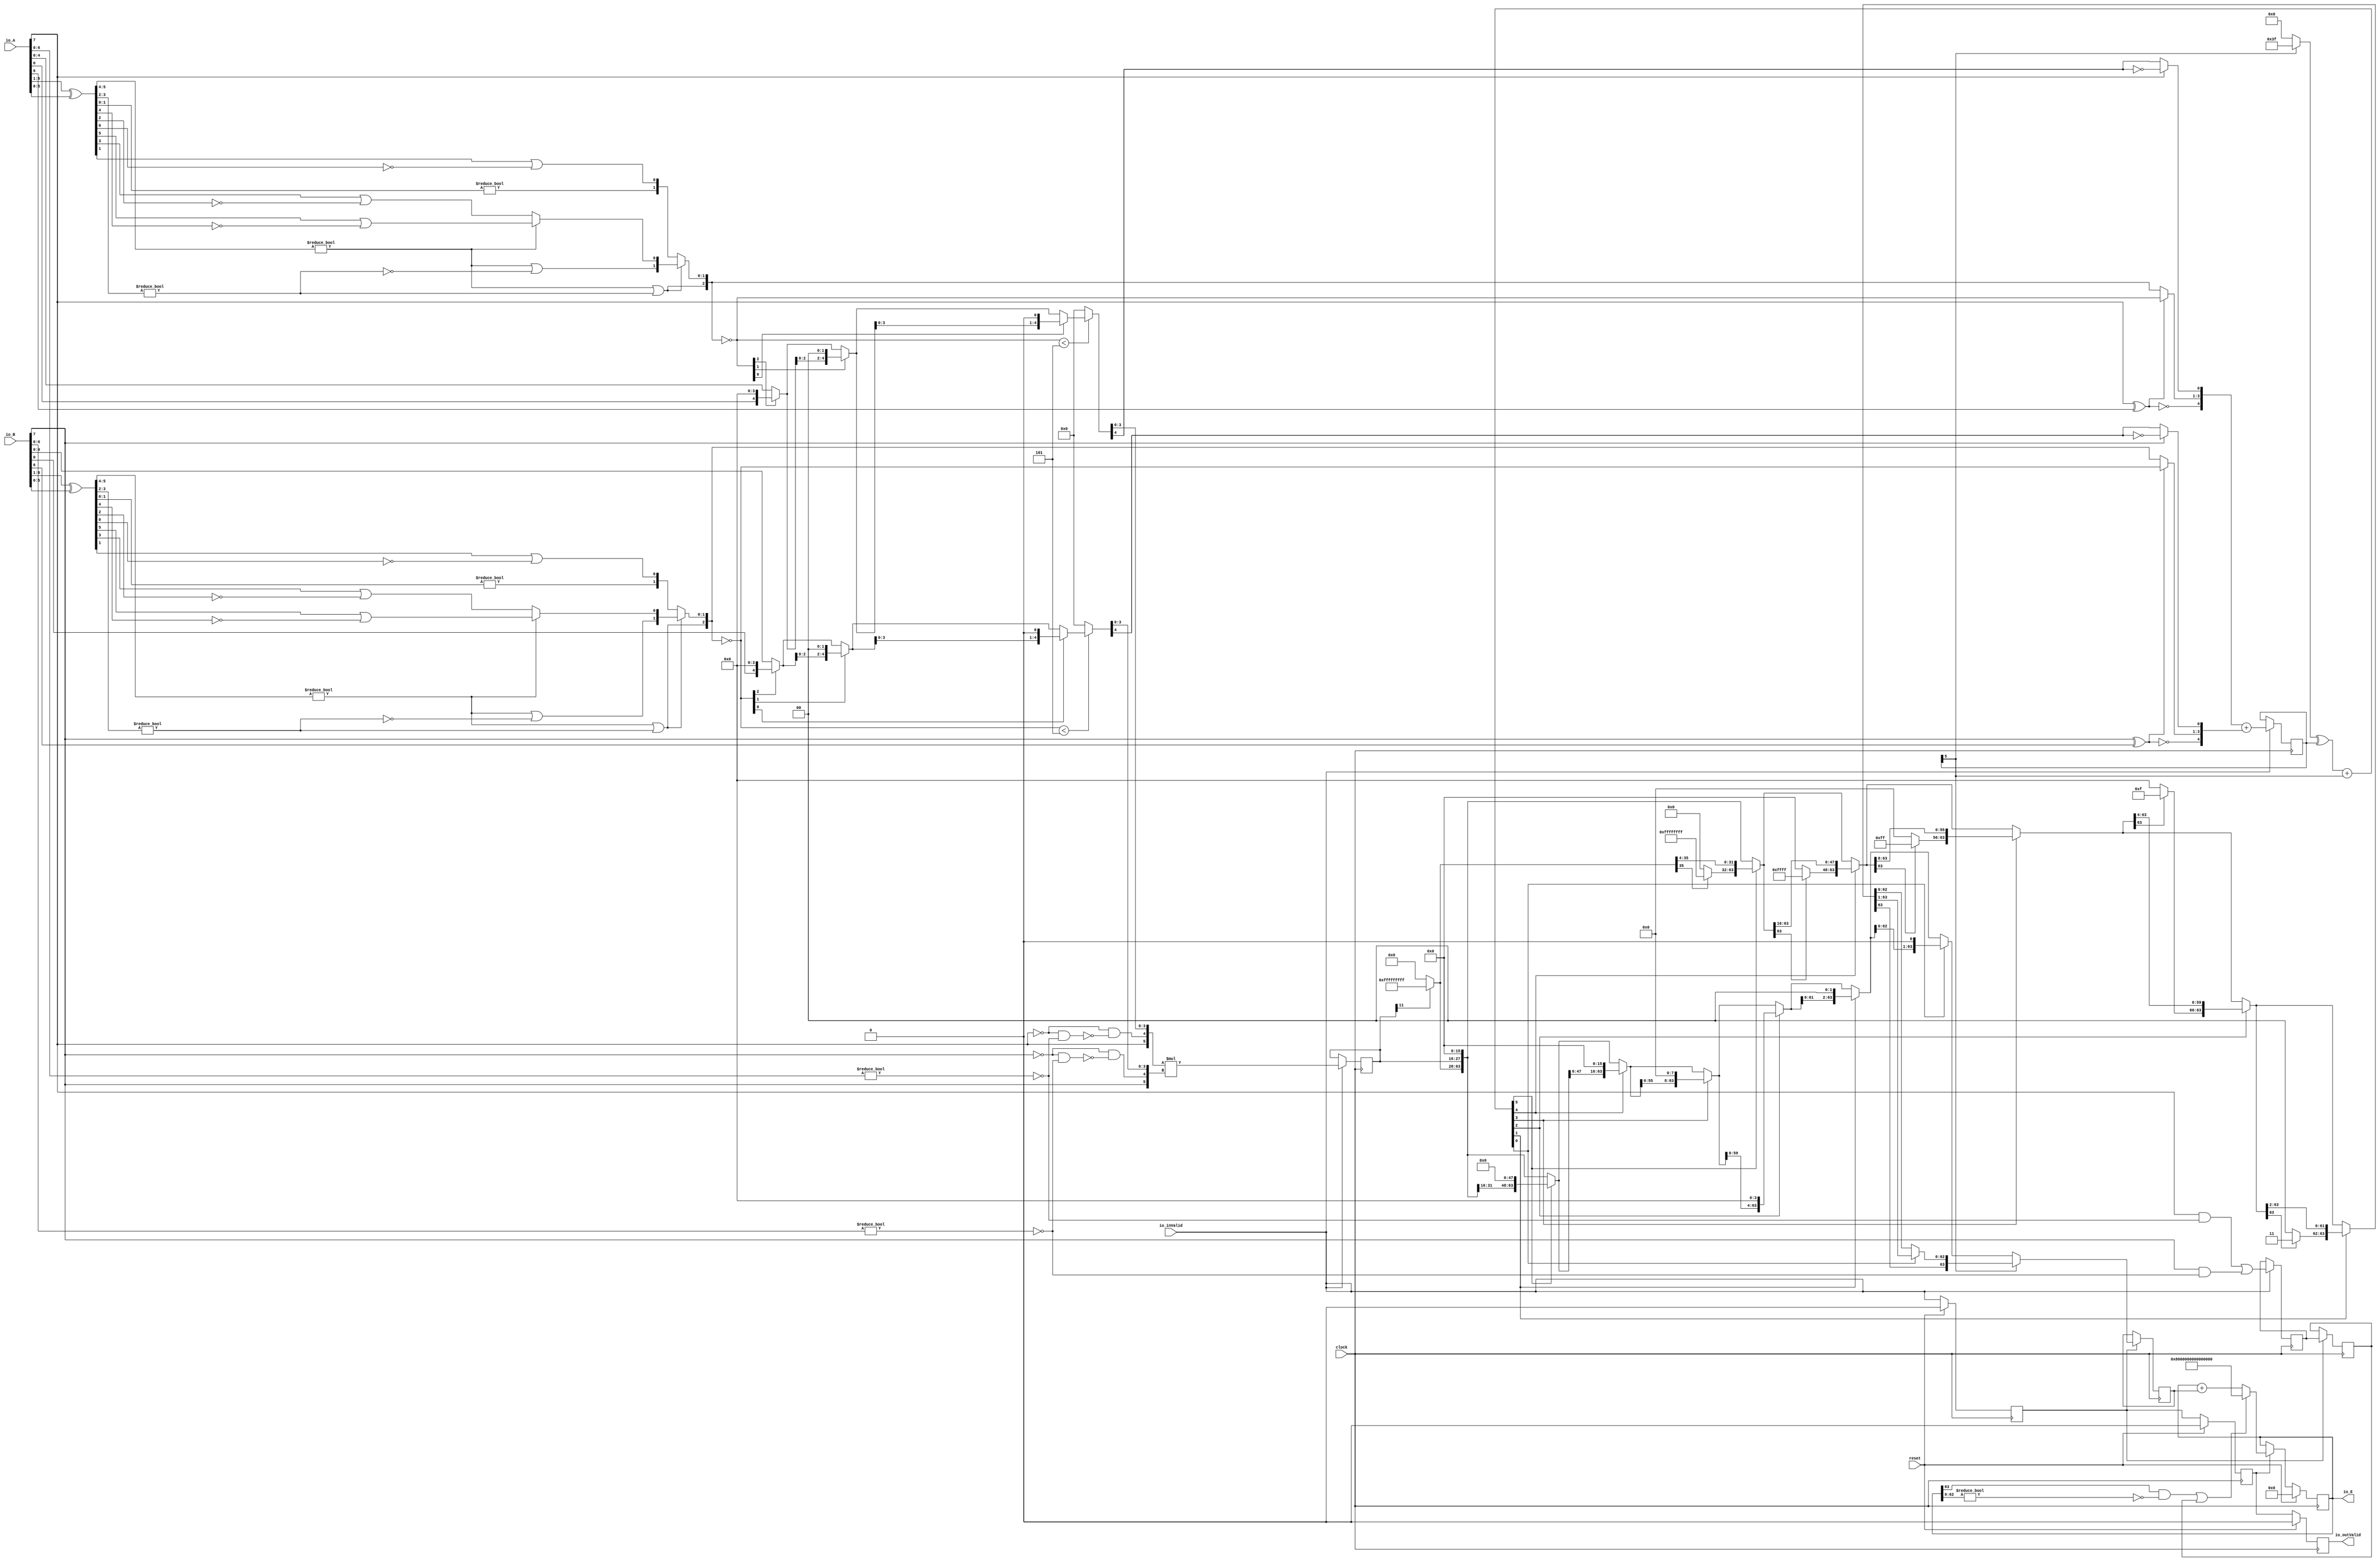
module PositEMA14_8_1(
  input         clock,
  input         reset,
  input         io_inValid,
  input  [7:0]  io_A,
  input  [7:0]  io_B,
  output [63:0] io_E,
  output        io_outValid
);
  wire  _T_1; // @[convert.scala 18:24]
  wire  _T_2; // @[convert.scala 18:40]
  wire  _T_3; // @[convert.scala 18:36]
  wire [5:0] _T_4; // @[convert.scala 19:24]
  wire [5:0] _T_5; // @[convert.scala 19:43]
  wire [5:0] _T_6; // @[convert.scala 19:39]
  wire [3:0] _T_7; // @[LZD.scala 43:32]
  wire [1:0] _T_8; // @[LZD.scala 43:32]
  wire  _T_9; // @[LZD.scala 39:14]
  wire  _T_10; // @[LZD.scala 39:21]
  wire  _T_11; // @[LZD.scala 39:30]
  wire  _T_12; // @[LZD.scala 39:27]
  wire  _T_13; // @[LZD.scala 39:25]
  wire [1:0] _T_14; // @[Cat.scala 29:58]
  wire [1:0] _T_15; // @[LZD.scala 44:32]
  wire  _T_16; // @[LZD.scala 39:14]
  wire  _T_17; // @[LZD.scala 39:21]
  wire  _T_18; // @[LZD.scala 39:30]
  wire  _T_19; // @[LZD.scala 39:27]
  wire  _T_20; // @[LZD.scala 39:25]
  wire [1:0] _T_21; // @[Cat.scala 29:58]
  wire  _T_22; // @[Shift.scala 12:21]
  wire  _T_23; // @[Shift.scala 12:21]
  wire  _T_24; // @[LZD.scala 49:16]
  wire  _T_25; // @[LZD.scala 49:27]
  wire  _T_26; // @[LZD.scala 49:25]
  wire  _T_27; // @[LZD.scala 49:47]
  wire  _T_28; // @[LZD.scala 49:59]
  wire  _T_29; // @[LZD.scala 49:35]
  wire [2:0] _T_31; // @[Cat.scala 29:58]
  wire [1:0] _T_32; // @[LZD.scala 44:32]
  wire  _T_33; // @[LZD.scala 39:14]
  wire  _T_34; // @[LZD.scala 39:21]
  wire  _T_35; // @[LZD.scala 39:30]
  wire  _T_36; // @[LZD.scala 39:27]
  wire  _T_37; // @[LZD.scala 39:25]
  wire [1:0] _T_38; // @[Cat.scala 29:58]
  wire  _T_39; // @[Shift.scala 12:21]
  wire [1:0] _T_41; // @[LZD.scala 55:32]
  wire [1:0] _T_42; // @[LZD.scala 55:20]
  wire [2:0] _T_43; // @[Cat.scala 29:58]
  wire [2:0] _T_44; // @[convert.scala 21:22]
  wire [4:0] _T_45; // @[convert.scala 22:36]
  wire  _T_46; // @[Shift.scala 16:24]
  wire  _T_48; // @[Shift.scala 12:21]
  wire  _T_49; // @[Shift.scala 64:52]
  wire [4:0] _T_51; // @[Cat.scala 29:58]
  wire [4:0] _T_52; // @[Shift.scala 64:27]
  wire [1:0] _T_53; // @[Shift.scala 66:70]
  wire  _T_54; // @[Shift.scala 12:21]
  wire [2:0] _T_55; // @[Shift.scala 64:52]
  wire [4:0] _T_57; // @[Cat.scala 29:58]
  wire [4:0] _T_58; // @[Shift.scala 64:27]
  wire  _T_59; // @[Shift.scala 66:70]
  wire [3:0] _T_61; // @[Shift.scala 64:52]
  wire [4:0] _T_62; // @[Cat.scala 29:58]
  wire [4:0] _T_63; // @[Shift.scala 64:27]
  wire [4:0] _T_64; // @[Shift.scala 16:10]
  wire  _T_65; // @[convert.scala 23:34]
  wire [3:0] decA_fraction; // @[convert.scala 24:34]
  wire  _T_67; // @[convert.scala 25:26]
  wire [2:0] _T_69; // @[convert.scala 25:42]
  wire  _T_72; // @[convert.scala 26:67]
  wire  _T_73; // @[convert.scala 26:51]
  wire [4:0] _T_74; // @[Cat.scala 29:58]
  wire [6:0] _T_76; // @[convert.scala 29:56]
  wire  _T_77; // @[convert.scala 29:60]
  wire  _T_78; // @[convert.scala 29:41]
  wire  decA_isNaR; // @[convert.scala 29:39]
  wire  _T_81; // @[convert.scala 30:19]
  wire  decA_isZero; // @[convert.scala 30:41]
  wire [4:0] decA_scale; // @[convert.scala 32:24]
  wire  _T_90; // @[convert.scala 18:24]
  wire  _T_91; // @[convert.scala 18:40]
  wire  _T_92; // @[convert.scala 18:36]
  wire [5:0] _T_93; // @[convert.scala 19:24]
  wire [5:0] _T_94; // @[convert.scala 19:43]
  wire [5:0] _T_95; // @[convert.scala 19:39]
  wire [3:0] _T_96; // @[LZD.scala 43:32]
  wire [1:0] _T_97; // @[LZD.scala 43:32]
  wire  _T_98; // @[LZD.scala 39:14]
  wire  _T_99; // @[LZD.scala 39:21]
  wire  _T_100; // @[LZD.scala 39:30]
  wire  _T_101; // @[LZD.scala 39:27]
  wire  _T_102; // @[LZD.scala 39:25]
  wire [1:0] _T_103; // @[Cat.scala 29:58]
  wire [1:0] _T_104; // @[LZD.scala 44:32]
  wire  _T_105; // @[LZD.scala 39:14]
  wire  _T_106; // @[LZD.scala 39:21]
  wire  _T_107; // @[LZD.scala 39:30]
  wire  _T_108; // @[LZD.scala 39:27]
  wire  _T_109; // @[LZD.scala 39:25]
  wire [1:0] _T_110; // @[Cat.scala 29:58]
  wire  _T_111; // @[Shift.scala 12:21]
  wire  _T_112; // @[Shift.scala 12:21]
  wire  _T_113; // @[LZD.scala 49:16]
  wire  _T_114; // @[LZD.scala 49:27]
  wire  _T_115; // @[LZD.scala 49:25]
  wire  _T_116; // @[LZD.scala 49:47]
  wire  _T_117; // @[LZD.scala 49:59]
  wire  _T_118; // @[LZD.scala 49:35]
  wire [2:0] _T_120; // @[Cat.scala 29:58]
  wire [1:0] _T_121; // @[LZD.scala 44:32]
  wire  _T_122; // @[LZD.scala 39:14]
  wire  _T_123; // @[LZD.scala 39:21]
  wire  _T_124; // @[LZD.scala 39:30]
  wire  _T_125; // @[LZD.scala 39:27]
  wire  _T_126; // @[LZD.scala 39:25]
  wire [1:0] _T_127; // @[Cat.scala 29:58]
  wire  _T_128; // @[Shift.scala 12:21]
  wire [1:0] _T_130; // @[LZD.scala 55:32]
  wire [1:0] _T_131; // @[LZD.scala 55:20]
  wire [2:0] _T_132; // @[Cat.scala 29:58]
  wire [2:0] _T_133; // @[convert.scala 21:22]
  wire [4:0] _T_134; // @[convert.scala 22:36]
  wire  _T_135; // @[Shift.scala 16:24]
  wire  _T_137; // @[Shift.scala 12:21]
  wire  _T_138; // @[Shift.scala 64:52]
  wire [4:0] _T_140; // @[Cat.scala 29:58]
  wire [4:0] _T_141; // @[Shift.scala 64:27]
  wire [1:0] _T_142; // @[Shift.scala 66:70]
  wire  _T_143; // @[Shift.scala 12:21]
  wire [2:0] _T_144; // @[Shift.scala 64:52]
  wire [4:0] _T_146; // @[Cat.scala 29:58]
  wire [4:0] _T_147; // @[Shift.scala 64:27]
  wire  _T_148; // @[Shift.scala 66:70]
  wire [3:0] _T_150; // @[Shift.scala 64:52]
  wire [4:0] _T_151; // @[Cat.scala 29:58]
  wire [4:0] _T_152; // @[Shift.scala 64:27]
  wire [4:0] _T_153; // @[Shift.scala 16:10]
  wire  _T_154; // @[convert.scala 23:34]
  wire [3:0] decB_fraction; // @[convert.scala 24:34]
  wire  _T_156; // @[convert.scala 25:26]
  wire [2:0] _T_158; // @[convert.scala 25:42]
  wire  _T_161; // @[convert.scala 26:67]
  wire  _T_162; // @[convert.scala 26:51]
  wire [4:0] _T_163; // @[Cat.scala 29:58]
  wire [6:0] _T_165; // @[convert.scala 29:56]
  wire  _T_166; // @[convert.scala 29:60]
  wire  _T_167; // @[convert.scala 29:41]
  wire  decB_isNaR; // @[convert.scala 29:39]
  wire  _T_170; // @[convert.scala 30:19]
  wire  decB_isZero; // @[convert.scala 30:41]
  wire [4:0] decB_scale; // @[convert.scala 32:24]
  wire  outIsNaR; // @[PositEMA.scala 53:29]
  wire [5:0] mulScale; // @[PositEMA.scala 54:35]
  wire  _T_178; // @[PositEMA.scala 55:33]
  wire  _T_179; // @[PositEMA.scala 55:46]
  wire  _T_180; // @[PositEMA.scala 55:44]
  wire [5:0] _T_182; // @[Cat.scala 29:58]
  wire [5:0] sigA; // @[PositEMA.scala 55:75]
  wire  _T_183; // @[PositEMA.scala 56:33]
  wire  _T_184; // @[PositEMA.scala 56:46]
  wire  _T_185; // @[PositEMA.scala 56:44]
  wire [5:0] _T_187; // @[Cat.scala 29:58]
  wire [5:0] sigB; // @[PositEMA.scala 56:75]
  wire [11:0] _T_188; // @[PositEMA.scala 57:24]
  wire [11:0] sigP; // @[PositEMA.scala 57:32]
  reg  inValid_phase2; // @[Valid.scala 117:22]
  reg [31:0] _RAND_0;
  reg  outIsNaR_phase2; // @[Reg.scala 15:16]
  reg [31:0] _RAND_1;
  reg [11:0] mulSig_phase2; // @[Reg.scala 15:16]
  reg [31:0] _RAND_2;
  reg [5:0] mulScale_phase2; // @[Reg.scala 15:16]
  reg [31:0] _RAND_3;
  wire  _T_201; // @[Abs.scala 10:21]
  wire [5:0] _T_203; // @[Bitwise.scala 71:12]
  wire [5:0] _T_204; // @[Abs.scala 10:31]
  wire [5:0] _T_205; // @[Abs.scala 10:26]
  wire [5:0] _GEN_10; // @[Abs.scala 10:39]
  wire [5:0] absScale; // @[Abs.scala 10:39]
  wire  _T_208; // @[PositEMA.scala 77:65]
  wire [35:0] _T_210; // @[Bitwise.scala 71:12]
  wire [63:0] extSig; // @[Cat.scala 29:58]
  wire  _T_215; // @[Shift.scala 12:21]
  wire [31:0] _T_216; // @[Shift.scala 64:52]
  wire [63:0] _T_218; // @[Cat.scala 29:58]
  wire [63:0] _T_219; // @[Shift.scala 64:27]
  wire [4:0] _T_220; // @[Shift.scala 66:70]
  wire  _T_221; // @[Shift.scala 12:21]
  wire [47:0] _T_222; // @[Shift.scala 64:52]
  wire [63:0] _T_224; // @[Cat.scala 29:58]
  wire [63:0] _T_225; // @[Shift.scala 64:27]
  wire [3:0] _T_226; // @[Shift.scala 66:70]
  wire  _T_227; // @[Shift.scala 12:21]
  wire [55:0] _T_228; // @[Shift.scala 64:52]
  wire [63:0] _T_230; // @[Cat.scala 29:58]
  wire [63:0] _T_231; // @[Shift.scala 64:27]
  wire [2:0] _T_232; // @[Shift.scala 66:70]
  wire  _T_233; // @[Shift.scala 12:21]
  wire [59:0] _T_234; // @[Shift.scala 64:52]
  wire [63:0] _T_236; // @[Cat.scala 29:58]
  wire [63:0] _T_237; // @[Shift.scala 64:27]
  wire [1:0] _T_238; // @[Shift.scala 66:70]
  wire  _T_239; // @[Shift.scala 12:21]
  wire [61:0] _T_240; // @[Shift.scala 64:52]
  wire [63:0] _T_242; // @[Cat.scala 29:58]
  wire [63:0] _T_243; // @[Shift.scala 64:27]
  wire  _T_244; // @[Shift.scala 66:70]
  wire [62:0] _T_246; // @[Shift.scala 64:52]
  wire [63:0] _T_247; // @[Cat.scala 29:58]
  wire  _T_252; // @[Shift.scala 12:21]
  wire [31:0] _T_254; // @[Bitwise.scala 71:12]
  wire [31:0] _T_255; // @[Shift.scala 83:71]
  wire [63:0] _T_256; // @[Cat.scala 29:58]
  wire [63:0] _T_257; // @[Shift.scala 83:22]
  wire  _T_260; // @[Shift.scala 12:21]
  wire [15:0] _T_262; // @[Bitwise.scala 71:12]
  wire [47:0] _T_263; // @[Shift.scala 83:71]
  wire [63:0] _T_264; // @[Cat.scala 29:58]
  wire [63:0] _T_265; // @[Shift.scala 83:22]
  wire  _T_268; // @[Shift.scala 12:21]
  wire [7:0] _T_270; // @[Bitwise.scala 71:12]
  wire [55:0] _T_271; // @[Shift.scala 83:71]
  wire [63:0] _T_272; // @[Cat.scala 29:58]
  wire [63:0] _T_273; // @[Shift.scala 83:22]
  wire  _T_276; // @[Shift.scala 12:21]
  wire [3:0] _T_278; // @[Bitwise.scala 71:12]
  wire [59:0] _T_279; // @[Shift.scala 83:71]
  wire [63:0] _T_280; // @[Cat.scala 29:58]
  wire [63:0] _T_281; // @[Shift.scala 83:22]
  wire  _T_284; // @[Shift.scala 12:21]
  wire [1:0] _T_286; // @[Bitwise.scala 71:12]
  wire [61:0] _T_287; // @[Shift.scala 83:71]
  wire [63:0] _T_288; // @[Cat.scala 29:58]
  wire [63:0] _T_289; // @[Shift.scala 83:22]
  wire  _T_292; // @[Shift.scala 12:21]
  wire [62:0] _T_293; // @[Shift.scala 83:71]
  wire [63:0] _T_294; // @[Cat.scala 29:58]
  reg  inValid_phase3; // @[Valid.scala 117:22]
  reg [31:0] _RAND_4;
  reg  outIsNaR_phase3; // @[Reg.scala 15:16]
  reg [31:0] _RAND_5;
  reg [63:0] shiftSig_phase3; // @[Reg.scala 15:16]
  reg [63:0] _RAND_6;
  reg [63:0] quireReg; // @[PositEMA.scala 104:27]
  reg [63:0] _RAND_7;
  wire  _T_310; // @[PositEMA.scala 105:40]
  wire [62:0] _T_311; // @[PositEMA.scala 105:60]
  wire  _T_312; // @[PositEMA.scala 105:64]
  wire  _T_313; // @[PositEMA.scala 105:46]
  wire  quireIsNaR; // @[PositEMA.scala 105:44]
  wire  _T_315; // @[PositEMA.scala 108:33]
  wire [63:0] _T_318; // @[PositEMA.scala 111:46]
  reg  _T_319; // @[Valid.scala 117:22]
  reg [31:0] _RAND_8;
  assign _T_1 = io_A[7]; // @[convert.scala 18:24]
  assign _T_2 = io_A[6]; // @[convert.scala 18:40]
  assign _T_3 = _T_1 ^ _T_2; // @[convert.scala 18:36]
  assign _T_4 = io_A[6:1]; // @[convert.scala 19:24]
  assign _T_5 = io_A[5:0]; // @[convert.scala 19:43]
  assign _T_6 = _T_4 ^ _T_5; // @[convert.scala 19:39]
  assign _T_7 = _T_6[5:2]; // @[LZD.scala 43:32]
  assign _T_8 = _T_7[3:2]; // @[LZD.scala 43:32]
  assign _T_9 = _T_8 != 2'h0; // @[LZD.scala 39:14]
  assign _T_10 = _T_8[1]; // @[LZD.scala 39:21]
  assign _T_11 = _T_8[0]; // @[LZD.scala 39:30]
  assign _T_12 = ~ _T_11; // @[LZD.scala 39:27]
  assign _T_13 = _T_10 | _T_12; // @[LZD.scala 39:25]
  assign _T_14 = {_T_9,_T_13}; // @[Cat.scala 29:58]
  assign _T_15 = _T_7[1:0]; // @[LZD.scala 44:32]
  assign _T_16 = _T_15 != 2'h0; // @[LZD.scala 39:14]
  assign _T_17 = _T_15[1]; // @[LZD.scala 39:21]
  assign _T_18 = _T_15[0]; // @[LZD.scala 39:30]
  assign _T_19 = ~ _T_18; // @[LZD.scala 39:27]
  assign _T_20 = _T_17 | _T_19; // @[LZD.scala 39:25]
  assign _T_21 = {_T_16,_T_20}; // @[Cat.scala 29:58]
  assign _T_22 = _T_14[1]; // @[Shift.scala 12:21]
  assign _T_23 = _T_21[1]; // @[Shift.scala 12:21]
  assign _T_24 = _T_22 | _T_23; // @[LZD.scala 49:16]
  assign _T_25 = ~ _T_23; // @[LZD.scala 49:27]
  assign _T_26 = _T_22 | _T_25; // @[LZD.scala 49:25]
  assign _T_27 = _T_14[0:0]; // @[LZD.scala 49:47]
  assign _T_28 = _T_21[0:0]; // @[LZD.scala 49:59]
  assign _T_29 = _T_22 ? _T_27 : _T_28; // @[LZD.scala 49:35]
  assign _T_31 = {_T_24,_T_26,_T_29}; // @[Cat.scala 29:58]
  assign _T_32 = _T_6[1:0]; // @[LZD.scala 44:32]
  assign _T_33 = _T_32 != 2'h0; // @[LZD.scala 39:14]
  assign _T_34 = _T_32[1]; // @[LZD.scala 39:21]
  assign _T_35 = _T_32[0]; // @[LZD.scala 39:30]
  assign _T_36 = ~ _T_35; // @[LZD.scala 39:27]
  assign _T_37 = _T_34 | _T_36; // @[LZD.scala 39:25]
  assign _T_38 = {_T_33,_T_37}; // @[Cat.scala 29:58]
  assign _T_39 = _T_31[2]; // @[Shift.scala 12:21]
  assign _T_41 = _T_31[1:0]; // @[LZD.scala 55:32]
  assign _T_42 = _T_39 ? _T_41 : _T_38; // @[LZD.scala 55:20]
  assign _T_43 = {_T_39,_T_42}; // @[Cat.scala 29:58]
  assign _T_44 = ~ _T_43; // @[convert.scala 21:22]
  assign _T_45 = io_A[4:0]; // @[convert.scala 22:36]
  assign _T_46 = _T_44 < 3'h5; // @[Shift.scala 16:24]
  assign _T_48 = _T_44[2]; // @[Shift.scala 12:21]
  assign _T_49 = _T_45[0:0]; // @[Shift.scala 64:52]
  assign _T_51 = {_T_49,4'h0}; // @[Cat.scala 29:58]
  assign _T_52 = _T_48 ? _T_51 : _T_45; // @[Shift.scala 64:27]
  assign _T_53 = _T_44[1:0]; // @[Shift.scala 66:70]
  assign _T_54 = _T_53[1]; // @[Shift.scala 12:21]
  assign _T_55 = _T_52[2:0]; // @[Shift.scala 64:52]
  assign _T_57 = {_T_55,2'h0}; // @[Cat.scala 29:58]
  assign _T_58 = _T_54 ? _T_57 : _T_52; // @[Shift.scala 64:27]
  assign _T_59 = _T_53[0:0]; // @[Shift.scala 66:70]
  assign _T_61 = _T_58[3:0]; // @[Shift.scala 64:52]
  assign _T_62 = {_T_61,1'h0}; // @[Cat.scala 29:58]
  assign _T_63 = _T_59 ? _T_62 : _T_58; // @[Shift.scala 64:27]
  assign _T_64 = _T_46 ? _T_63 : 5'h0; // @[Shift.scala 16:10]
  assign _T_65 = _T_64[4:4]; // @[convert.scala 23:34]
  assign decA_fraction = _T_64[3:0]; // @[convert.scala 24:34]
  assign _T_67 = _T_3 == 1'h0; // @[convert.scala 25:26]
  assign _T_69 = _T_3 ? _T_44 : _T_43; // @[convert.scala 25:42]
  assign _T_72 = ~ _T_65; // @[convert.scala 26:67]
  assign _T_73 = _T_1 ? _T_72 : _T_65; // @[convert.scala 26:51]
  assign _T_74 = {_T_67,_T_69,_T_73}; // @[Cat.scala 29:58]
  assign _T_76 = io_A[6:0]; // @[convert.scala 29:56]
  assign _T_77 = _T_76 != 7'h0; // @[convert.scala 29:60]
  assign _T_78 = ~ _T_77; // @[convert.scala 29:41]
  assign decA_isNaR = _T_1 & _T_78; // @[convert.scala 29:39]
  assign _T_81 = _T_1 == 1'h0; // @[convert.scala 30:19]
  assign decA_isZero = _T_81 & _T_78; // @[convert.scala 30:41]
  assign decA_scale = $signed(_T_74); // @[convert.scala 32:24]
  assign _T_90 = io_B[7]; // @[convert.scala 18:24]
  assign _T_91 = io_B[6]; // @[convert.scala 18:40]
  assign _T_92 = _T_90 ^ _T_91; // @[convert.scala 18:36]
  assign _T_93 = io_B[6:1]; // @[convert.scala 19:24]
  assign _T_94 = io_B[5:0]; // @[convert.scala 19:43]
  assign _T_95 = _T_93 ^ _T_94; // @[convert.scala 19:39]
  assign _T_96 = _T_95[5:2]; // @[LZD.scala 43:32]
  assign _T_97 = _T_96[3:2]; // @[LZD.scala 43:32]
  assign _T_98 = _T_97 != 2'h0; // @[LZD.scala 39:14]
  assign _T_99 = _T_97[1]; // @[LZD.scala 39:21]
  assign _T_100 = _T_97[0]; // @[LZD.scala 39:30]
  assign _T_101 = ~ _T_100; // @[LZD.scala 39:27]
  assign _T_102 = _T_99 | _T_101; // @[LZD.scala 39:25]
  assign _T_103 = {_T_98,_T_102}; // @[Cat.scala 29:58]
  assign _T_104 = _T_96[1:0]; // @[LZD.scala 44:32]
  assign _T_105 = _T_104 != 2'h0; // @[LZD.scala 39:14]
  assign _T_106 = _T_104[1]; // @[LZD.scala 39:21]
  assign _T_107 = _T_104[0]; // @[LZD.scala 39:30]
  assign _T_108 = ~ _T_107; // @[LZD.scala 39:27]
  assign _T_109 = _T_106 | _T_108; // @[LZD.scala 39:25]
  assign _T_110 = {_T_105,_T_109}; // @[Cat.scala 29:58]
  assign _T_111 = _T_103[1]; // @[Shift.scala 12:21]
  assign _T_112 = _T_110[1]; // @[Shift.scala 12:21]
  assign _T_113 = _T_111 | _T_112; // @[LZD.scala 49:16]
  assign _T_114 = ~ _T_112; // @[LZD.scala 49:27]
  assign _T_115 = _T_111 | _T_114; // @[LZD.scala 49:25]
  assign _T_116 = _T_103[0:0]; // @[LZD.scala 49:47]
  assign _T_117 = _T_110[0:0]; // @[LZD.scala 49:59]
  assign _T_118 = _T_111 ? _T_116 : _T_117; // @[LZD.scala 49:35]
  assign _T_120 = {_T_113,_T_115,_T_118}; // @[Cat.scala 29:58]
  assign _T_121 = _T_95[1:0]; // @[LZD.scala 44:32]
  assign _T_122 = _T_121 != 2'h0; // @[LZD.scala 39:14]
  assign _T_123 = _T_121[1]; // @[LZD.scala 39:21]
  assign _T_124 = _T_121[0]; // @[LZD.scala 39:30]
  assign _T_125 = ~ _T_124; // @[LZD.scala 39:27]
  assign _T_126 = _T_123 | _T_125; // @[LZD.scala 39:25]
  assign _T_127 = {_T_122,_T_126}; // @[Cat.scala 29:58]
  assign _T_128 = _T_120[2]; // @[Shift.scala 12:21]
  assign _T_130 = _T_120[1:0]; // @[LZD.scala 55:32]
  assign _T_131 = _T_128 ? _T_130 : _T_127; // @[LZD.scala 55:20]
  assign _T_132 = {_T_128,_T_131}; // @[Cat.scala 29:58]
  assign _T_133 = ~ _T_132; // @[convert.scala 21:22]
  assign _T_134 = io_B[4:0]; // @[convert.scala 22:36]
  assign _T_135 = _T_133 < 3'h5; // @[Shift.scala 16:24]
  assign _T_137 = _T_133[2]; // @[Shift.scala 12:21]
  assign _T_138 = _T_134[0:0]; // @[Shift.scala 64:52]
  assign _T_140 = {_T_138,4'h0}; // @[Cat.scala 29:58]
  assign _T_141 = _T_137 ? _T_140 : _T_134; // @[Shift.scala 64:27]
  assign _T_142 = _T_133[1:0]; // @[Shift.scala 66:70]
  assign _T_143 = _T_142[1]; // @[Shift.scala 12:21]
  assign _T_144 = _T_141[2:0]; // @[Shift.scala 64:52]
  assign _T_146 = {_T_144,2'h0}; // @[Cat.scala 29:58]
  assign _T_147 = _T_143 ? _T_146 : _T_141; // @[Shift.scala 64:27]
  assign _T_148 = _T_142[0:0]; // @[Shift.scala 66:70]
  assign _T_150 = _T_147[3:0]; // @[Shift.scala 64:52]
  assign _T_151 = {_T_150,1'h0}; // @[Cat.scala 29:58]
  assign _T_152 = _T_148 ? _T_151 : _T_147; // @[Shift.scala 64:27]
  assign _T_153 = _T_135 ? _T_152 : 5'h0; // @[Shift.scala 16:10]
  assign _T_154 = _T_153[4:4]; // @[convert.scala 23:34]
  assign decB_fraction = _T_153[3:0]; // @[convert.scala 24:34]
  assign _T_156 = _T_92 == 1'h0; // @[convert.scala 25:26]
  assign _T_158 = _T_92 ? _T_133 : _T_132; // @[convert.scala 25:42]
  assign _T_161 = ~ _T_154; // @[convert.scala 26:67]
  assign _T_162 = _T_90 ? _T_161 : _T_154; // @[convert.scala 26:51]
  assign _T_163 = {_T_156,_T_158,_T_162}; // @[Cat.scala 29:58]
  assign _T_165 = io_B[6:0]; // @[convert.scala 29:56]
  assign _T_166 = _T_165 != 7'h0; // @[convert.scala 29:60]
  assign _T_167 = ~ _T_166; // @[convert.scala 29:41]
  assign decB_isNaR = _T_90 & _T_167; // @[convert.scala 29:39]
  assign _T_170 = _T_90 == 1'h0; // @[convert.scala 30:19]
  assign decB_isZero = _T_170 & _T_167; // @[convert.scala 30:41]
  assign decB_scale = $signed(_T_163); // @[convert.scala 32:24]
  assign outIsNaR = decA_isNaR | decB_isNaR; // @[PositEMA.scala 53:29]
  assign mulScale = $signed(decA_scale) + $signed(decB_scale); // @[PositEMA.scala 54:35]
  assign _T_178 = ~ _T_1; // @[PositEMA.scala 55:33]
  assign _T_179 = ~ decA_isZero; // @[PositEMA.scala 55:46]
  assign _T_180 = _T_178 & _T_179; // @[PositEMA.scala 55:44]
  assign _T_182 = {_T_1,_T_180,decA_fraction}; // @[Cat.scala 29:58]
  assign sigA = $signed(_T_182); // @[PositEMA.scala 55:75]
  assign _T_183 = ~ _T_90; // @[PositEMA.scala 56:33]
  assign _T_184 = ~ decB_isZero; // @[PositEMA.scala 56:46]
  assign _T_185 = _T_183 & _T_184; // @[PositEMA.scala 56:44]
  assign _T_187 = {_T_90,_T_185,decB_fraction}; // @[Cat.scala 29:58]
  assign sigB = $signed(_T_187); // @[PositEMA.scala 56:75]
  assign _T_188 = $signed(sigA) * $signed(sigB); // @[PositEMA.scala 57:24]
  assign sigP = $unsigned(_T_188); // @[PositEMA.scala 57:32]
  assign _T_201 = mulScale_phase2[5:5]; // @[Abs.scala 10:21]
  assign _T_203 = _T_201 ? 6'h3f : 6'h0; // @[Bitwise.scala 71:12]
  assign _T_204 = $unsigned(mulScale_phase2); // @[Abs.scala 10:31]
  assign _T_205 = _T_203 ^ _T_204; // @[Abs.scala 10:26]
  assign _GEN_10 = {{5'd0}, _T_201}; // @[Abs.scala 10:39]
  assign absScale = _T_205 + _GEN_10; // @[Abs.scala 10:39]
  assign _T_208 = mulSig_phase2[11:11]; // @[PositEMA.scala 77:65]
  assign _T_210 = _T_208 ? 36'hfffffffff : 36'h0; // @[Bitwise.scala 71:12]
  assign extSig = {_T_210,mulSig_phase2,16'h0}; // @[Cat.scala 29:58]
  assign _T_215 = absScale[5]; // @[Shift.scala 12:21]
  assign _T_216 = extSig[31:0]; // @[Shift.scala 64:52]
  assign _T_218 = {_T_216,32'h0}; // @[Cat.scala 29:58]
  assign _T_219 = _T_215 ? _T_218 : extSig; // @[Shift.scala 64:27]
  assign _T_220 = absScale[4:0]; // @[Shift.scala 66:70]
  assign _T_221 = _T_220[4]; // @[Shift.scala 12:21]
  assign _T_222 = _T_219[47:0]; // @[Shift.scala 64:52]
  assign _T_224 = {_T_222,16'h0}; // @[Cat.scala 29:58]
  assign _T_225 = _T_221 ? _T_224 : _T_219; // @[Shift.scala 64:27]
  assign _T_226 = _T_220[3:0]; // @[Shift.scala 66:70]
  assign _T_227 = _T_226[3]; // @[Shift.scala 12:21]
  assign _T_228 = _T_225[55:0]; // @[Shift.scala 64:52]
  assign _T_230 = {_T_228,8'h0}; // @[Cat.scala 29:58]
  assign _T_231 = _T_227 ? _T_230 : _T_225; // @[Shift.scala 64:27]
  assign _T_232 = _T_226[2:0]; // @[Shift.scala 66:70]
  assign _T_233 = _T_232[2]; // @[Shift.scala 12:21]
  assign _T_234 = _T_231[59:0]; // @[Shift.scala 64:52]
  assign _T_236 = {_T_234,4'h0}; // @[Cat.scala 29:58]
  assign _T_237 = _T_233 ? _T_236 : _T_231; // @[Shift.scala 64:27]
  assign _T_238 = _T_232[1:0]; // @[Shift.scala 66:70]
  assign _T_239 = _T_238[1]; // @[Shift.scala 12:21]
  assign _T_240 = _T_237[61:0]; // @[Shift.scala 64:52]
  assign _T_242 = {_T_240,2'h0}; // @[Cat.scala 29:58]
  assign _T_243 = _T_239 ? _T_242 : _T_237; // @[Shift.scala 64:27]
  assign _T_244 = _T_238[0:0]; // @[Shift.scala 66:70]
  assign _T_246 = _T_243[62:0]; // @[Shift.scala 64:52]
  assign _T_247 = {_T_246,1'h0}; // @[Cat.scala 29:58]
  assign _T_252 = extSig[63]; // @[Shift.scala 12:21]
  assign _T_254 = _T_252 ? 32'hffffffff : 32'h0; // @[Bitwise.scala 71:12]
  assign _T_255 = extSig[63:32]; // @[Shift.scala 83:71]
  assign _T_256 = {_T_254,_T_255}; // @[Cat.scala 29:58]
  assign _T_257 = _T_215 ? _T_256 : extSig; // @[Shift.scala 83:22]
  assign _T_260 = _T_257[63]; // @[Shift.scala 12:21]
  assign _T_262 = _T_260 ? 16'hffff : 16'h0; // @[Bitwise.scala 71:12]
  assign _T_263 = _T_257[63:16]; // @[Shift.scala 83:71]
  assign _T_264 = {_T_262,_T_263}; // @[Cat.scala 29:58]
  assign _T_265 = _T_221 ? _T_264 : _T_257; // @[Shift.scala 83:22]
  assign _T_268 = _T_265[63]; // @[Shift.scala 12:21]
  assign _T_270 = _T_268 ? 8'hff : 8'h0; // @[Bitwise.scala 71:12]
  assign _T_271 = _T_265[63:8]; // @[Shift.scala 83:71]
  assign _T_272 = {_T_270,_T_271}; // @[Cat.scala 29:58]
  assign _T_273 = _T_227 ? _T_272 : _T_265; // @[Shift.scala 83:22]
  assign _T_276 = _T_273[63]; // @[Shift.scala 12:21]
  assign _T_278 = _T_276 ? 4'hf : 4'h0; // @[Bitwise.scala 71:12]
  assign _T_279 = _T_273[63:4]; // @[Shift.scala 83:71]
  assign _T_280 = {_T_278,_T_279}; // @[Cat.scala 29:58]
  assign _T_281 = _T_233 ? _T_280 : _T_273; // @[Shift.scala 83:22]
  assign _T_284 = _T_281[63]; // @[Shift.scala 12:21]
  assign _T_286 = _T_284 ? 2'h3 : 2'h0; // @[Bitwise.scala 71:12]
  assign _T_287 = _T_281[63:2]; // @[Shift.scala 83:71]
  assign _T_288 = {_T_286,_T_287}; // @[Cat.scala 29:58]
  assign _T_289 = _T_239 ? _T_288 : _T_281; // @[Shift.scala 83:22]
  assign _T_292 = _T_289[63]; // @[Shift.scala 12:21]
  assign _T_293 = _T_289[63:1]; // @[Shift.scala 83:71]
  assign _T_294 = {_T_292,_T_293}; // @[Cat.scala 29:58]
  assign _T_310 = quireReg[63:63]; // @[PositEMA.scala 105:40]
  assign _T_311 = quireReg[62:0]; // @[PositEMA.scala 105:60]
  assign _T_312 = _T_311 != 63'h0; // @[PositEMA.scala 105:64]
  assign _T_313 = _T_312 == 1'h0; // @[PositEMA.scala 105:46]
  assign quireIsNaR = _T_310 & _T_313; // @[PositEMA.scala 105:44]
  assign _T_315 = quireIsNaR | outIsNaR_phase3; // @[PositEMA.scala 108:33]
  assign _T_318 = quireReg + shiftSig_phase3; // @[PositEMA.scala 111:46]
  assign io_E = quireReg; // @[PositEMA.scala 120:15]
  assign io_outValid = _T_319; // @[PositEMA.scala 119:15]
`ifdef RANDOMIZE_GARBAGE_ASSIGN
`define RANDOMIZE
`endif
`ifdef RANDOMIZE_INVALID_ASSIGN
`define RANDOMIZE
`endif
`ifdef RANDOMIZE_REG_INIT
`define RANDOMIZE
`endif
`ifdef RANDOMIZE_MEM_INIT
`define RANDOMIZE
`endif
`ifndef RANDOM
`define RANDOM $random
`endif
`ifdef RANDOMIZE_MEM_INIT
  integer initvar;
`endif
initial begin
  `ifdef RANDOMIZE
    `ifdef INIT_RANDOM
      `INIT_RANDOM
    `endif
    `ifndef VERILATOR
      `ifdef RANDOMIZE_DELAY
        #`RANDOMIZE_DELAY begin end
      `else
        #0.002 begin end
      `endif
    `endif
  `ifdef RANDOMIZE_REG_INIT
  _RAND_0 = {1{`RANDOM}};
  inValid_phase2 = _RAND_0[0:0];
  `endif // RANDOMIZE_REG_INIT
  `ifdef RANDOMIZE_REG_INIT
  _RAND_1 = {1{`RANDOM}};
  outIsNaR_phase2 = _RAND_1[0:0];
  `endif // RANDOMIZE_REG_INIT
  `ifdef RANDOMIZE_REG_INIT
  _RAND_2 = {1{`RANDOM}};
  mulSig_phase2 = _RAND_2[11:0];
  `endif // RANDOMIZE_REG_INIT
  `ifdef RANDOMIZE_REG_INIT
  _RAND_3 = {1{`RANDOM}};
  mulScale_phase2 = _RAND_3[5:0];
  `endif // RANDOMIZE_REG_INIT
  `ifdef RANDOMIZE_REG_INIT
  _RAND_4 = {1{`RANDOM}};
  inValid_phase3 = _RAND_4[0:0];
  `endif // RANDOMIZE_REG_INIT
  `ifdef RANDOMIZE_REG_INIT
  _RAND_5 = {1{`RANDOM}};
  outIsNaR_phase3 = _RAND_5[0:0];
  `endif // RANDOMIZE_REG_INIT
  `ifdef RANDOMIZE_REG_INIT
  _RAND_6 = {2{`RANDOM}};
  shiftSig_phase3 = _RAND_6[63:0];
  `endif // RANDOMIZE_REG_INIT
  `ifdef RANDOMIZE_REG_INIT
  _RAND_7 = {2{`RANDOM}};
  quireReg = _RAND_7[63:0];
  `endif // RANDOMIZE_REG_INIT
  `ifdef RANDOMIZE_REG_INIT
  _RAND_8 = {1{`RANDOM}};
  _T_319 = _RAND_8[0:0];
  `endif // RANDOMIZE_REG_INIT
  `endif // RANDOMIZE
end
  always @(posedge clock) begin
    if (reset) begin
      inValid_phase2 <= 1'h0;
    end else begin
      inValid_phase2 <= io_inValid;
    end
    if (io_inValid) begin
      outIsNaR_phase2 <= outIsNaR;
    end
    if (io_inValid) begin
      mulSig_phase2 <= sigP;
    end
    if (io_inValid) begin
      mulScale_phase2 <= mulScale;
    end
    if (reset) begin
      inValid_phase3 <= 1'h0;
    end else begin
      inValid_phase3 <= inValid_phase2;
    end
    if (inValid_phase2) begin
      outIsNaR_phase3 <= outIsNaR_phase2;
    end
    if (inValid_phase2) begin
      if (_T_201) begin
        if (_T_244) begin
          shiftSig_phase3 <= _T_294;
        end else begin
          if (_T_239) begin
            shiftSig_phase3 <= _T_288;
          end else begin
            if (_T_233) begin
              shiftSig_phase3 <= _T_280;
            end else begin
              if (_T_227) begin
                shiftSig_phase3 <= _T_272;
              end else begin
                if (_T_221) begin
                  shiftSig_phase3 <= _T_264;
                end else begin
                  if (_T_215) begin
                    shiftSig_phase3 <= _T_256;
                  end else begin
                    shiftSig_phase3 <= extSig;
                  end
                end
              end
            end
          end
        end
      end else begin
        if (_T_244) begin
          shiftSig_phase3 <= _T_247;
        end else begin
          if (_T_239) begin
            shiftSig_phase3 <= _T_242;
          end else begin
            if (_T_233) begin
              shiftSig_phase3 <= _T_236;
            end else begin
              if (_T_227) begin
                shiftSig_phase3 <= _T_230;
              end else begin
                if (_T_221) begin
                  shiftSig_phase3 <= _T_224;
                end else begin
                  if (_T_215) begin
                    shiftSig_phase3 <= _T_218;
                  end else begin
                    shiftSig_phase3 <= extSig;
                  end
                end
              end
            end
          end
        end
      end
    end
    if (reset) begin
      quireReg <= 64'h0;
    end else begin
      if (inValid_phase3) begin
        if (_T_315) begin
          quireReg <= 64'h8000000000000000;
        end else begin
          quireReg <= _T_318;
        end
      end
    end
    if (reset) begin
      _T_319 <= 1'h0;
    end else begin
      _T_319 <= inValid_phase3;
    end
  end
endmodule